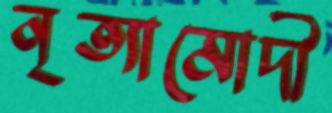
নৃত্যামোদী